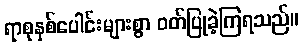
ရာစုနှစ်ပေါင်းများစွာ ဝတ်ပြုခဲ့ကြရသည်။